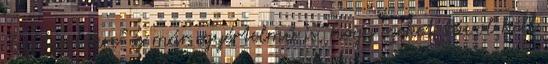
"ligetvédőkre" és már egyértelmű is, hogy ezeket távol kell